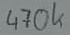
Text: 470k